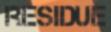
RESIDUE